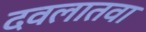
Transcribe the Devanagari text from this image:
दवलातवा